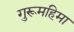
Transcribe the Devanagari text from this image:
गुरूमहिमा